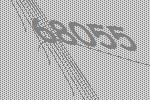
68055